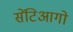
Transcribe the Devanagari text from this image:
सेंटिआगो